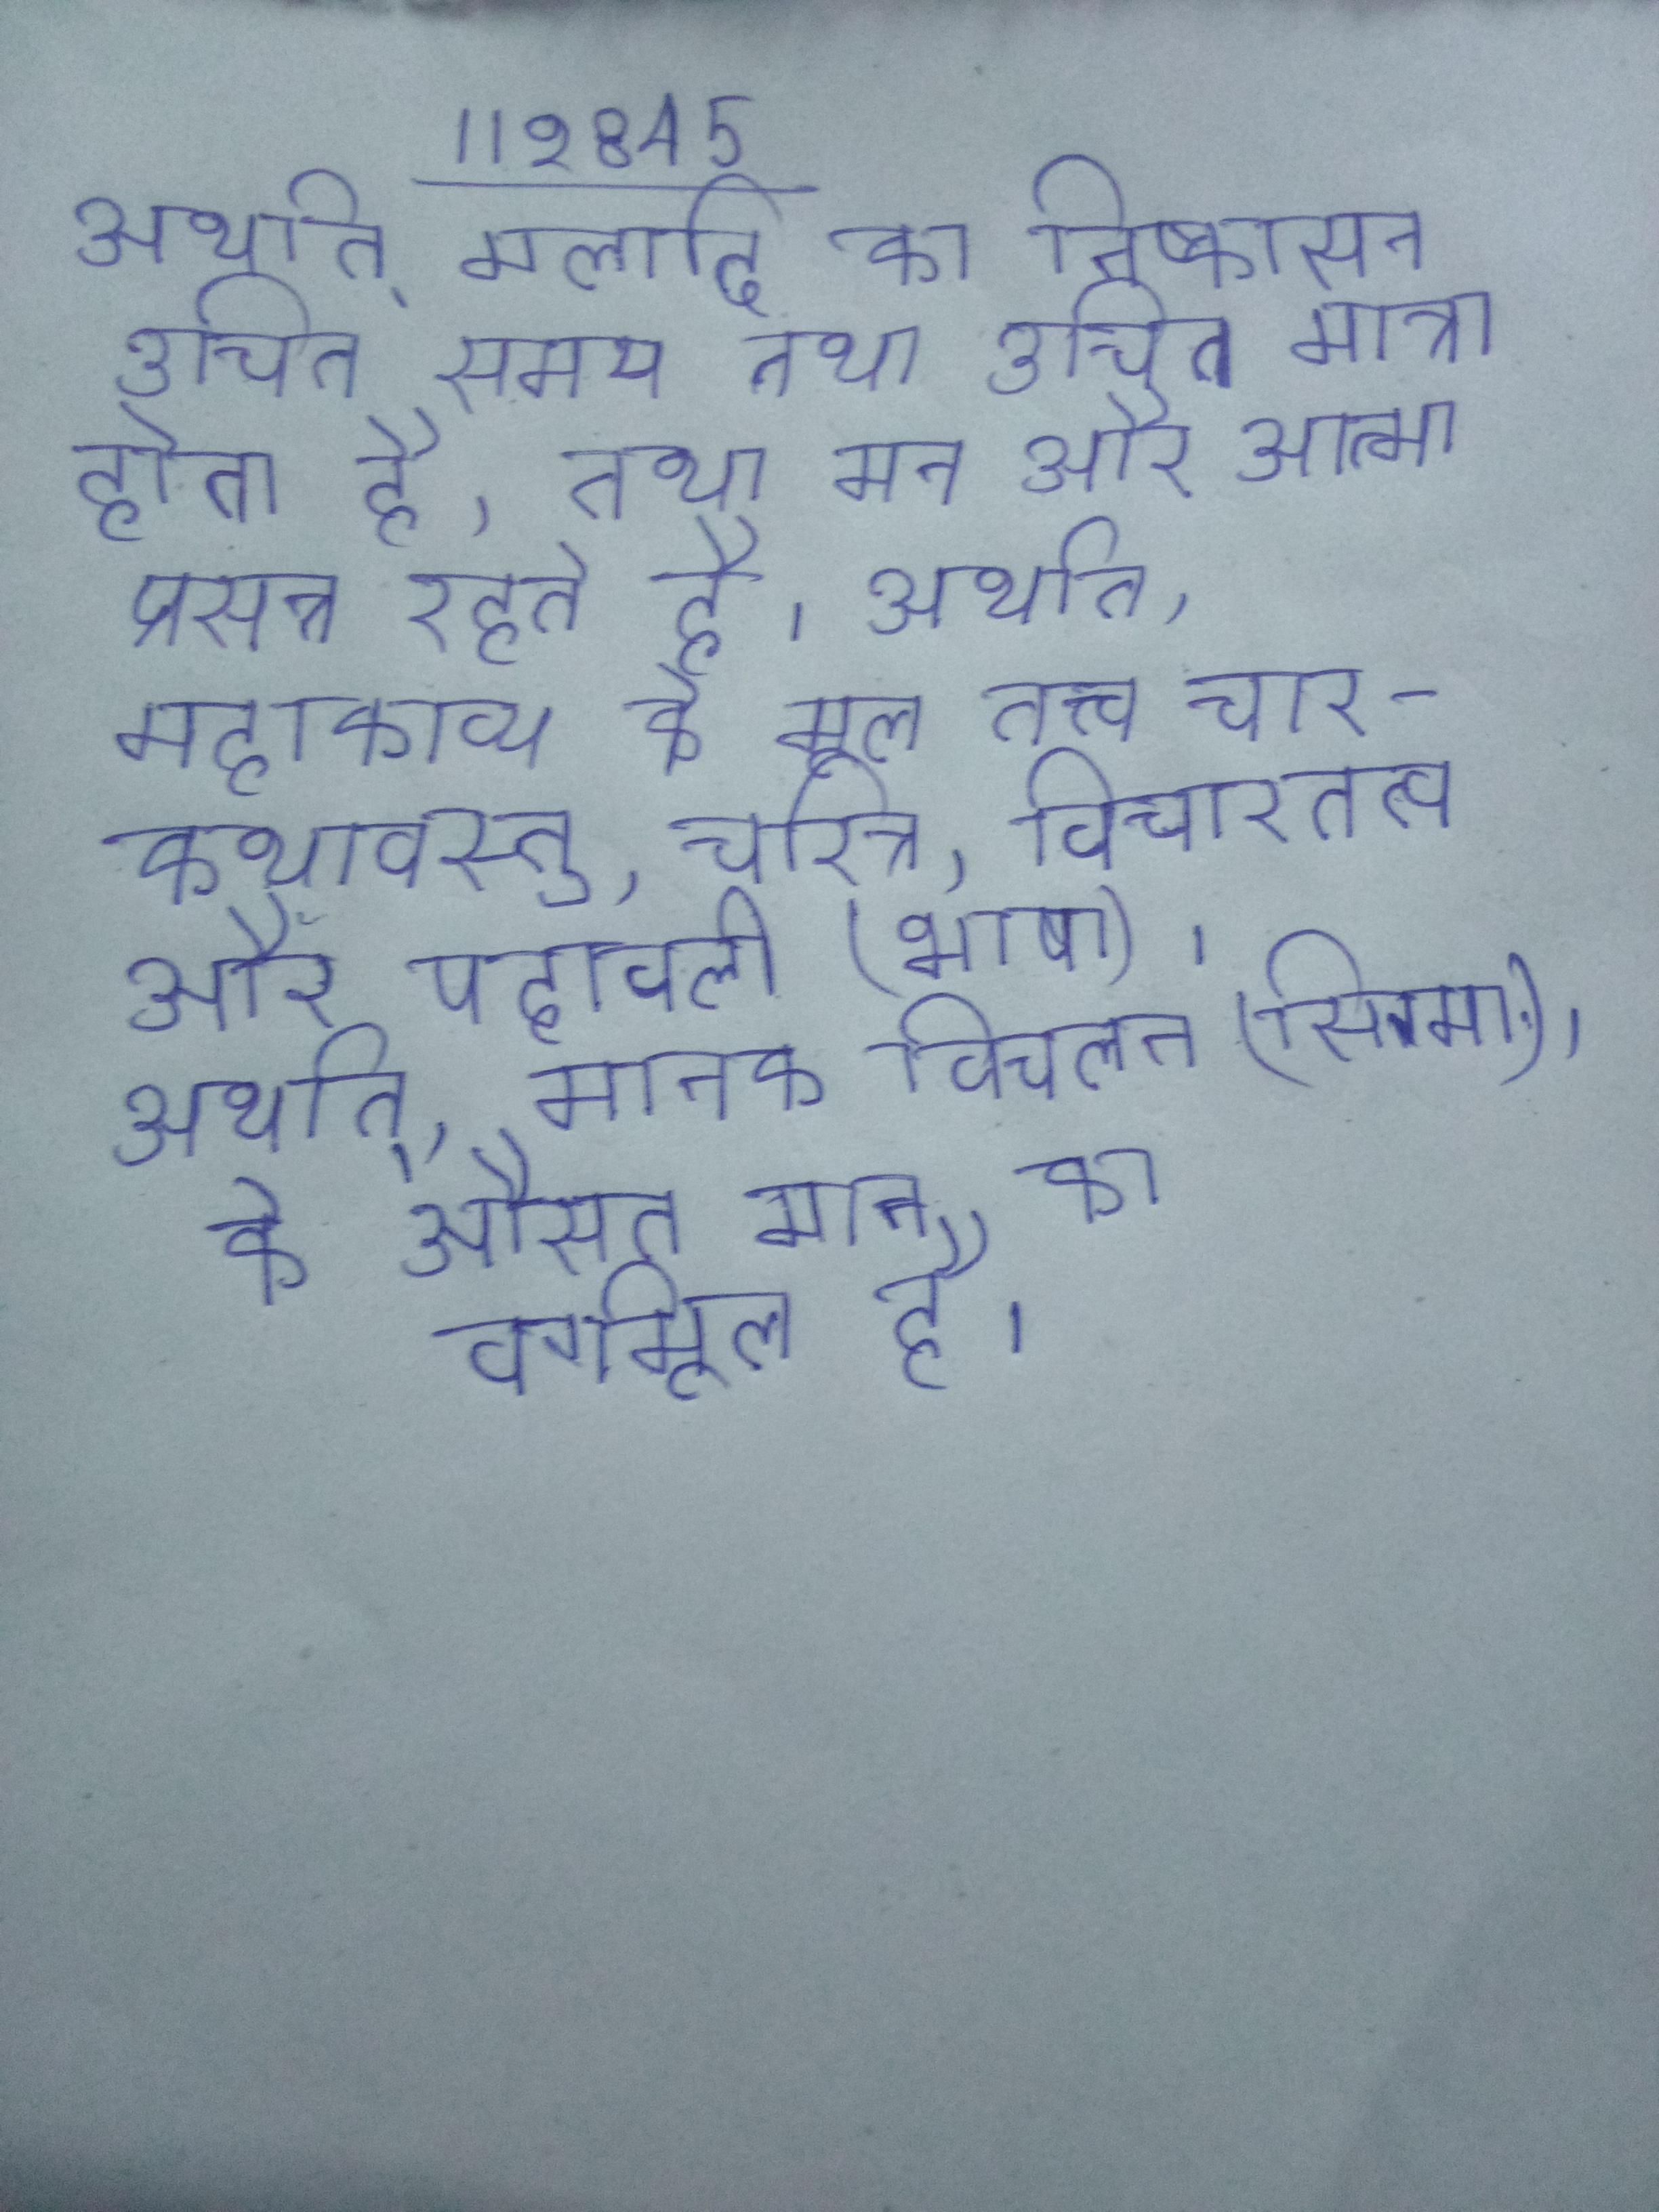
अर्थात् मलादि का निष्कासन उचित समय तथा उचित मात्रा होता है, तथा मन और आत्मा प्रसन्न रहते है । अर्थात् महाकाव्य के मूल तत्त्व चार - कथावस्तु, चरित्र, विचारतत्व और पदावली (भाषा) । अर्थात्, मानक विचलन (सिग्मा), के औसत मान का वर्गमूल है ।